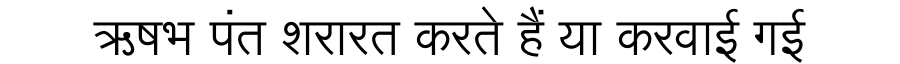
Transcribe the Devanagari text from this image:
ऋषभ पंत शरारत करते हैं या करवाई गई